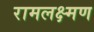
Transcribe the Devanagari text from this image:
रामलक्ष्मण